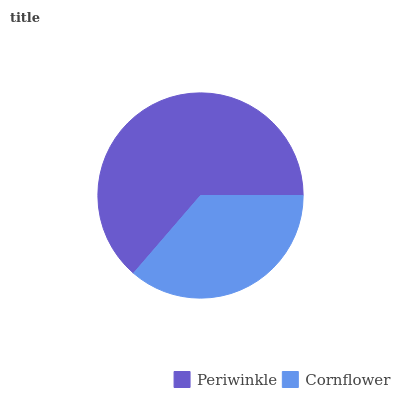
| Periwinkle | Cornflower |
 | --- | --- |
 | 63.7% | 36.3% |